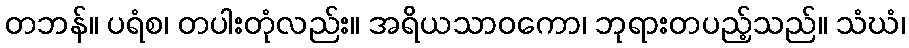
တဘန်။ ပရံစ၊ တပါးတုံလည်း။ အရိယသာဝကော၊ ဘုရားတပည့်သည်။ သံဃံ၊